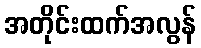
အတိုင်းထက်အလွန်